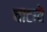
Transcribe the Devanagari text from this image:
चाटावे